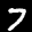
Label: 7